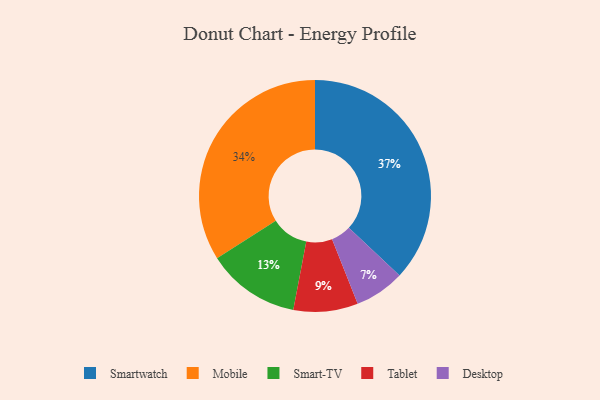
{"axis": {"x": "Category", "y": "Percentage"}, "legend": ["Desktop", "Mobile", "Smart-TV", "Smartwatch", "Tablet"], "data": [{"x": "Smartwatch", "y": 37, "type": "Smartwatch"}, {"x": "Mobile", "y": 34, "type": "Mobile"}, {"x": "Tablet", "y": 9, "type": "Tablet"}, {"x": "Smart-TV", "y": 13, "type": "Smart-TV"}, {"x": "Desktop", "y": 7, "type": "Desktop"}]}